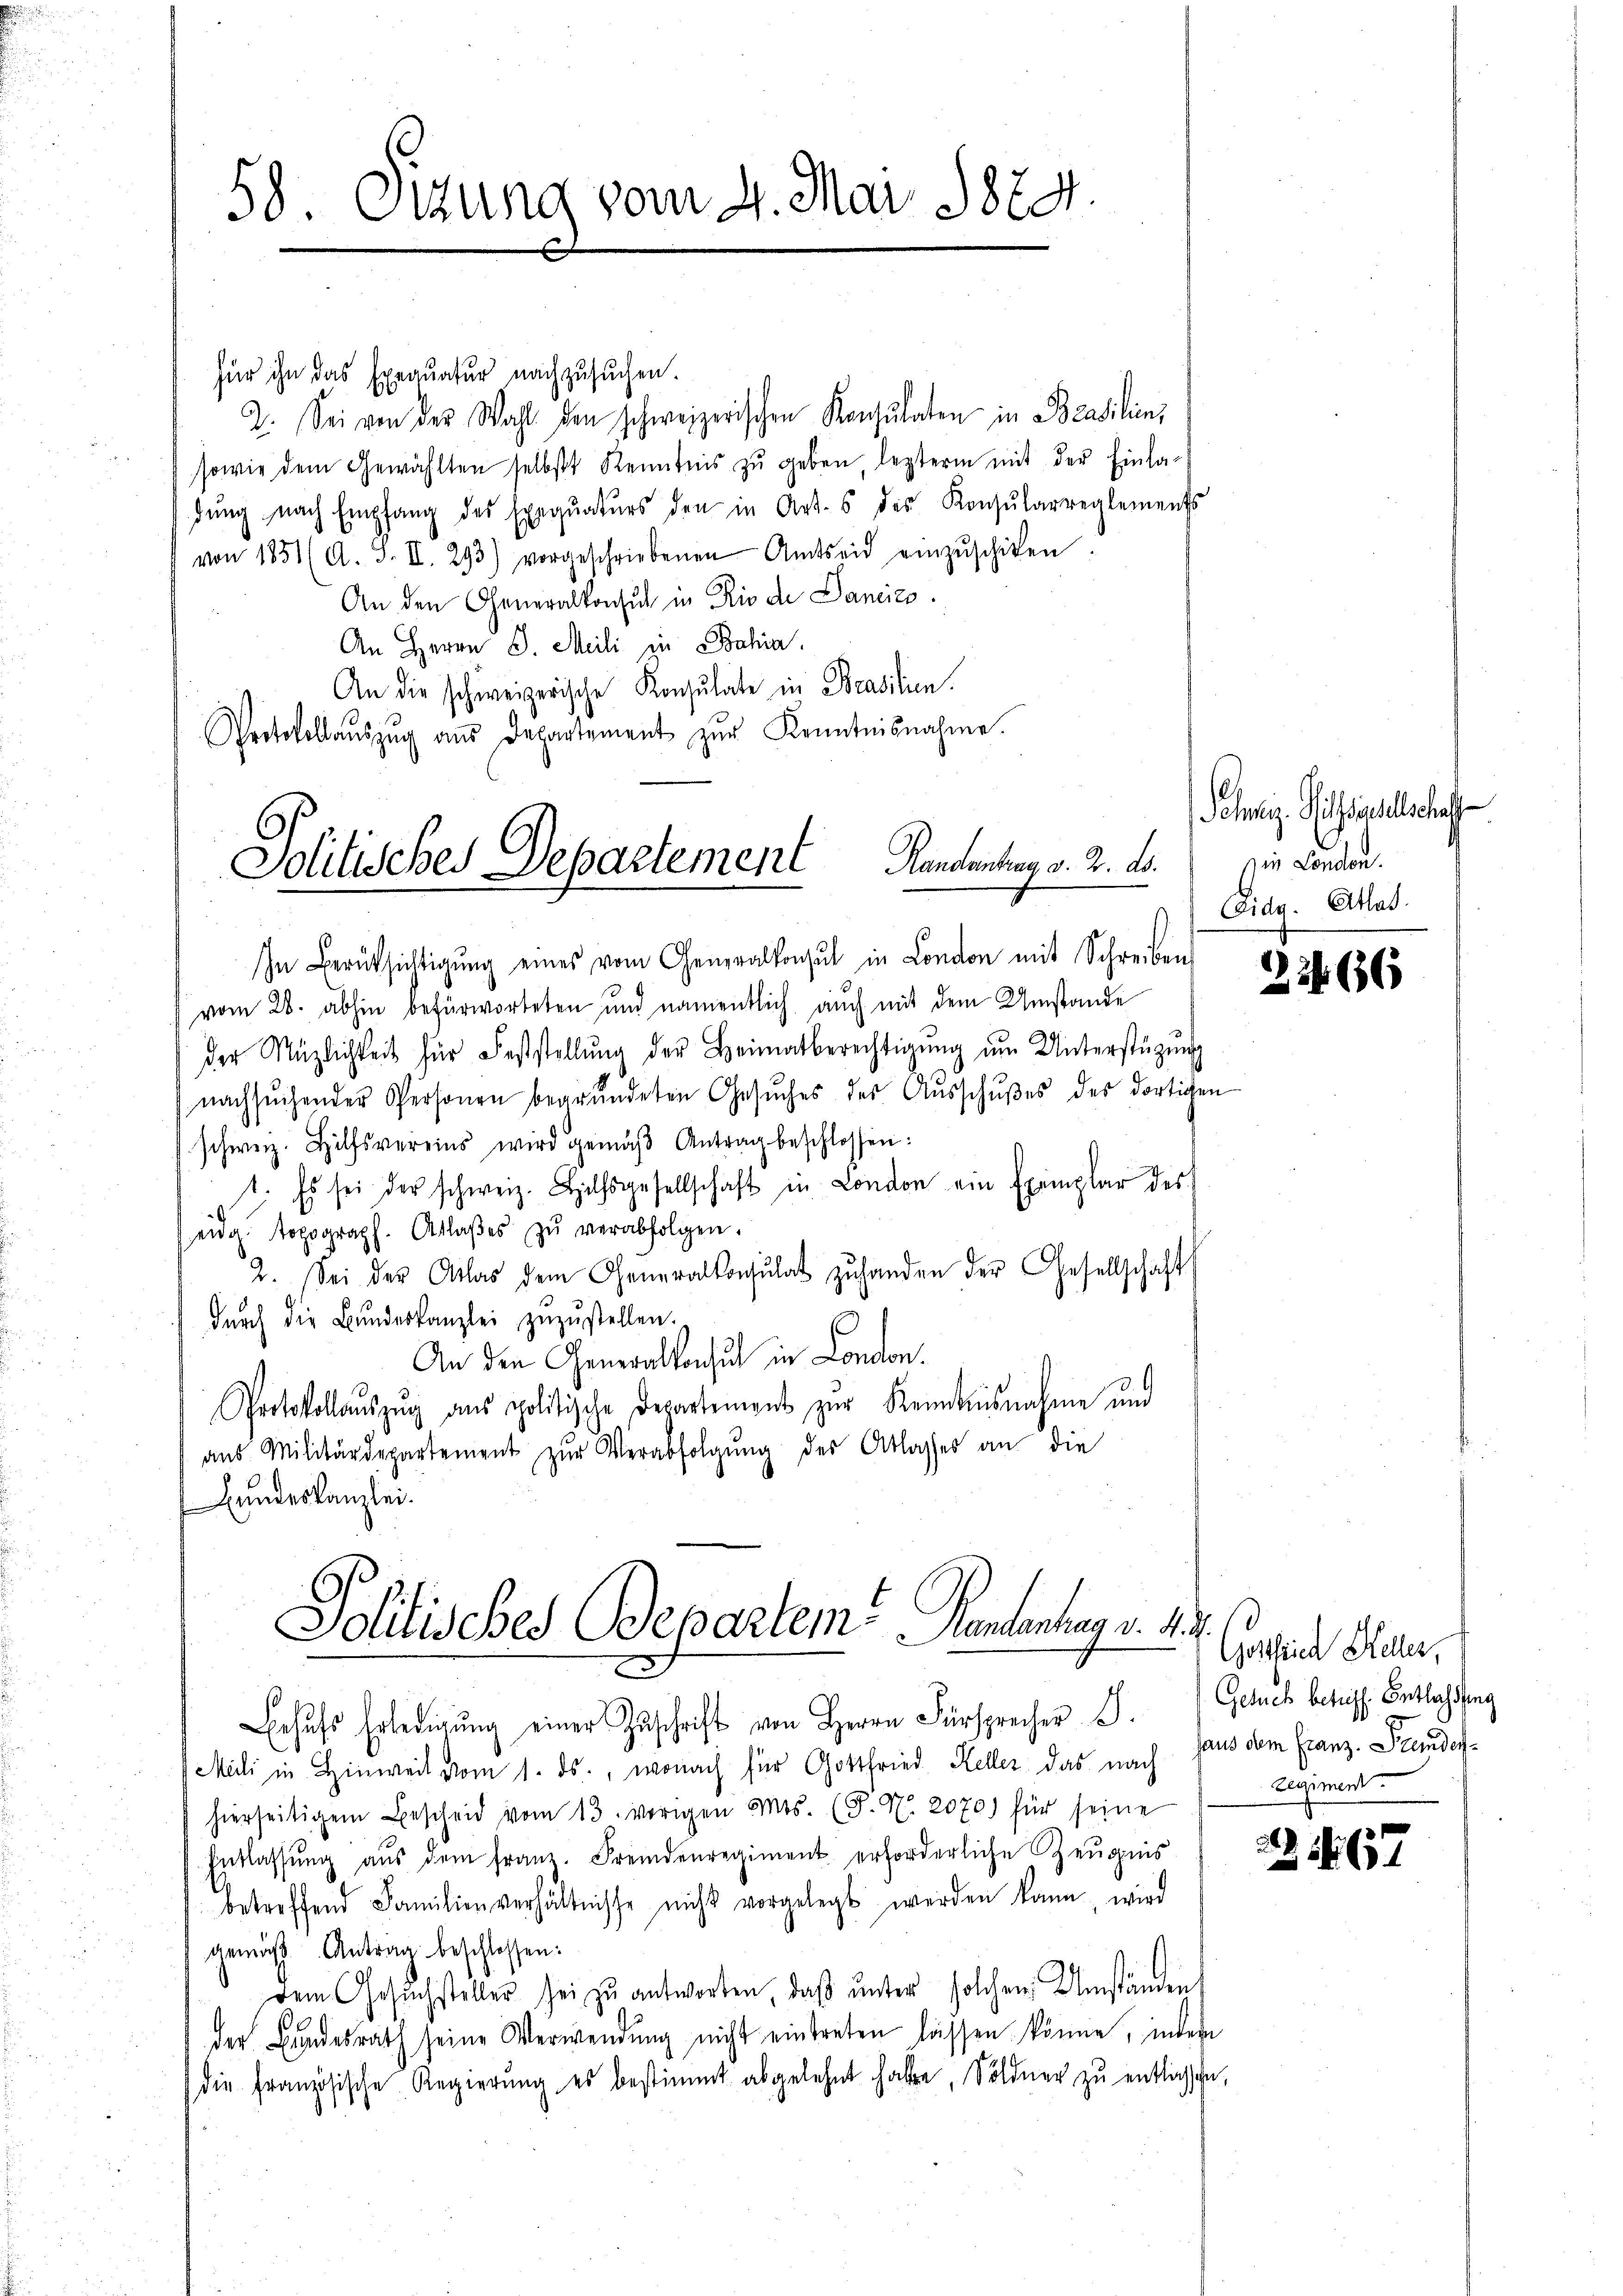
58. Sizung vom 4. Mai 1889.

für ihn das Exequatur nachzusuchen.
2. Sei von der Wahl den schweizerischen Konsulaten in Brasilien,
sowie dem Gewählten selbstt Kenntnis zŭ geben, lezterm mit der Einla-
dŭng nach Empfang des Exequaturs den in Art. 6 des Konsularreglements
von 1851 (A. S. II. 293) vorgeschriebenen Amtseid einzŭschiken.
An den Generalkonsul in Rio de Dancies.
An Herrn J. Meili in Bahia
An die schweizerische Konsulate in Brasilien.
Protokollaŭszŭg an Departement zŭr Kenntnisnahme.

Kandischen v. 2. ds.
Politisches Departement

In Berücksichtigŭng eines vom Generalkonsul in London mit Schreiben
vom 28. abhin befürworteten und namentlich auch mit dem Umstande
der Müzlichkeit für Feststellŭng der Heimatberechtigung im Unterstüzung
nachsuchender Personen begrŭndeten Gesŭches des Aŭsschŭβes des dortigen
schweiz. Hilfsvereins wird gemäβ Antrag beschlossen:
1. Es sei der schweiz. Hilfsgesellschaft in London ein Exemplar des
eidg. topograph. Aslaβes zŭ verabfolgen.
2. Sei der Atlas dem Generalkonsulat zŭ handen der Gesellschaft
dŭrch die Bŭndeskanzlei zŭzŭstellen.
An den Generalkonsul in London.
Protokollaŭszŭg ans politische Departement zur Kenntnisnahme und
aus Militärdepartement zŭr Verabfolgung des Atlasses an die
Bundeskanzlei.

Pollisches Departem Rententag v. M.
2

ehŭfs Erledigŭng einer Zŭschrift von Herrn Fürsprecher S. Gesuch betriff. Entlassung
Meili in Hinweit vom 1. ds., wonach für Gottfried Keller das nach Haus dem Franz. Stundeshierseitigem Bescheid vom 13. vorigen Mos. (T. N. 2070) für seine
Entlassŭng aŭs dem franz. Fremdenregiment erforderliche Zeugnis
betreffend Familienverhältnisse nicht vorgelegt werden kann wird
gemäß Antrag beschlossen:
Dem Gesŭchsteller sei zŭ antworten, daβ ŭnter solchen Umständen
der Bundesrath seine Verwendung nicht eintreten lassen könne, indern
die französische Regierŭng es bestimmt abgelehnt habe, Söldner zŭ entlassche,

Schweiz. Hilfsgesellschaff
sien London.
Eida. Atlas

22466

Gostria Heler,
zegiment

2 No 637